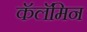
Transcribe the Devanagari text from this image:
कॅलॅमिन